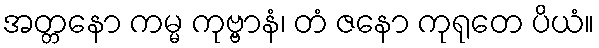
အတ္တနော ကမ္မ ကုဗ္ဗာနံ၊ တံ ဇနော ကုရုတေ ပိယံ။